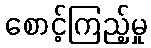
စောင့်ကြည့်မှု